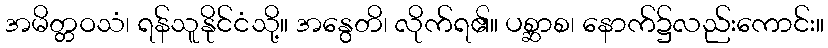
အမိတ္တဝသံ၊ ရန်သူနိုင်ငံသို့။ အနွေတိ၊ လိုက်ရ၏။ ပစ္ဆာစ၊ နောက်၌လည်းကောင်း။